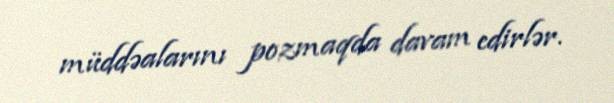
müddəalarını pozmaqda davam edirlər.